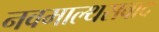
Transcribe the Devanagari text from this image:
नवमाल्थसवाद